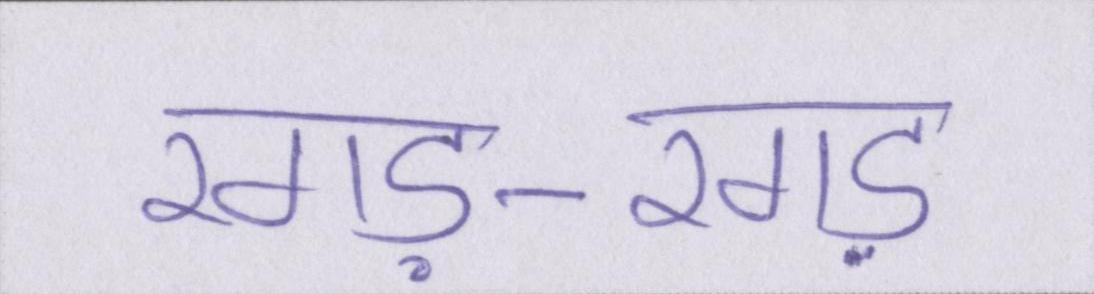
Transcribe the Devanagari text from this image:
रगड़-रगड़